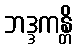
ဘဒ္ဒကန္တိ